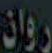
روان